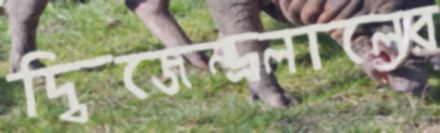
দ্বিজেন্দ্রলালের